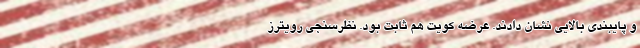
و پایبندی بالایی نشان دادند. عرضه کویت هم ثابت بود. نظرسنجی رویترز